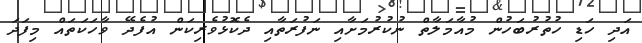
އަދި ހަޑި ހުތުރުބަހުން މުއާމަލާތް ނުކުރުމަށާއި ނަފުރަތާއި ދެކޮޅުވެރިކަން އުފެދޭ ވާހަކަތައް މިފަދަ